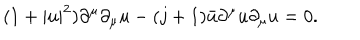
LaTeX: ( 1 + | u | ^ { 2 } ) \partial ^ { \mu } \partial _ { \mu } u - ( j + 1 ) \bar { u } \partial ^ { \mu } u \partial _ { \mu } u = 0 .